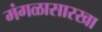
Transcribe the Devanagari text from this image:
मंगळासारखा